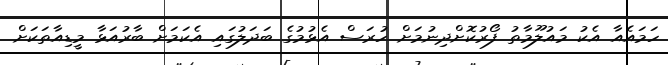
ހަމައެއާ އެކު މައުލޫމާތު ފޯރުކޮށްދިނުމަށް ހުރަސް އެޅުމުގެ ބަދަލުގައި އެކަމަށް ބާރުއަޅާ މީޑިއާތަކަށް